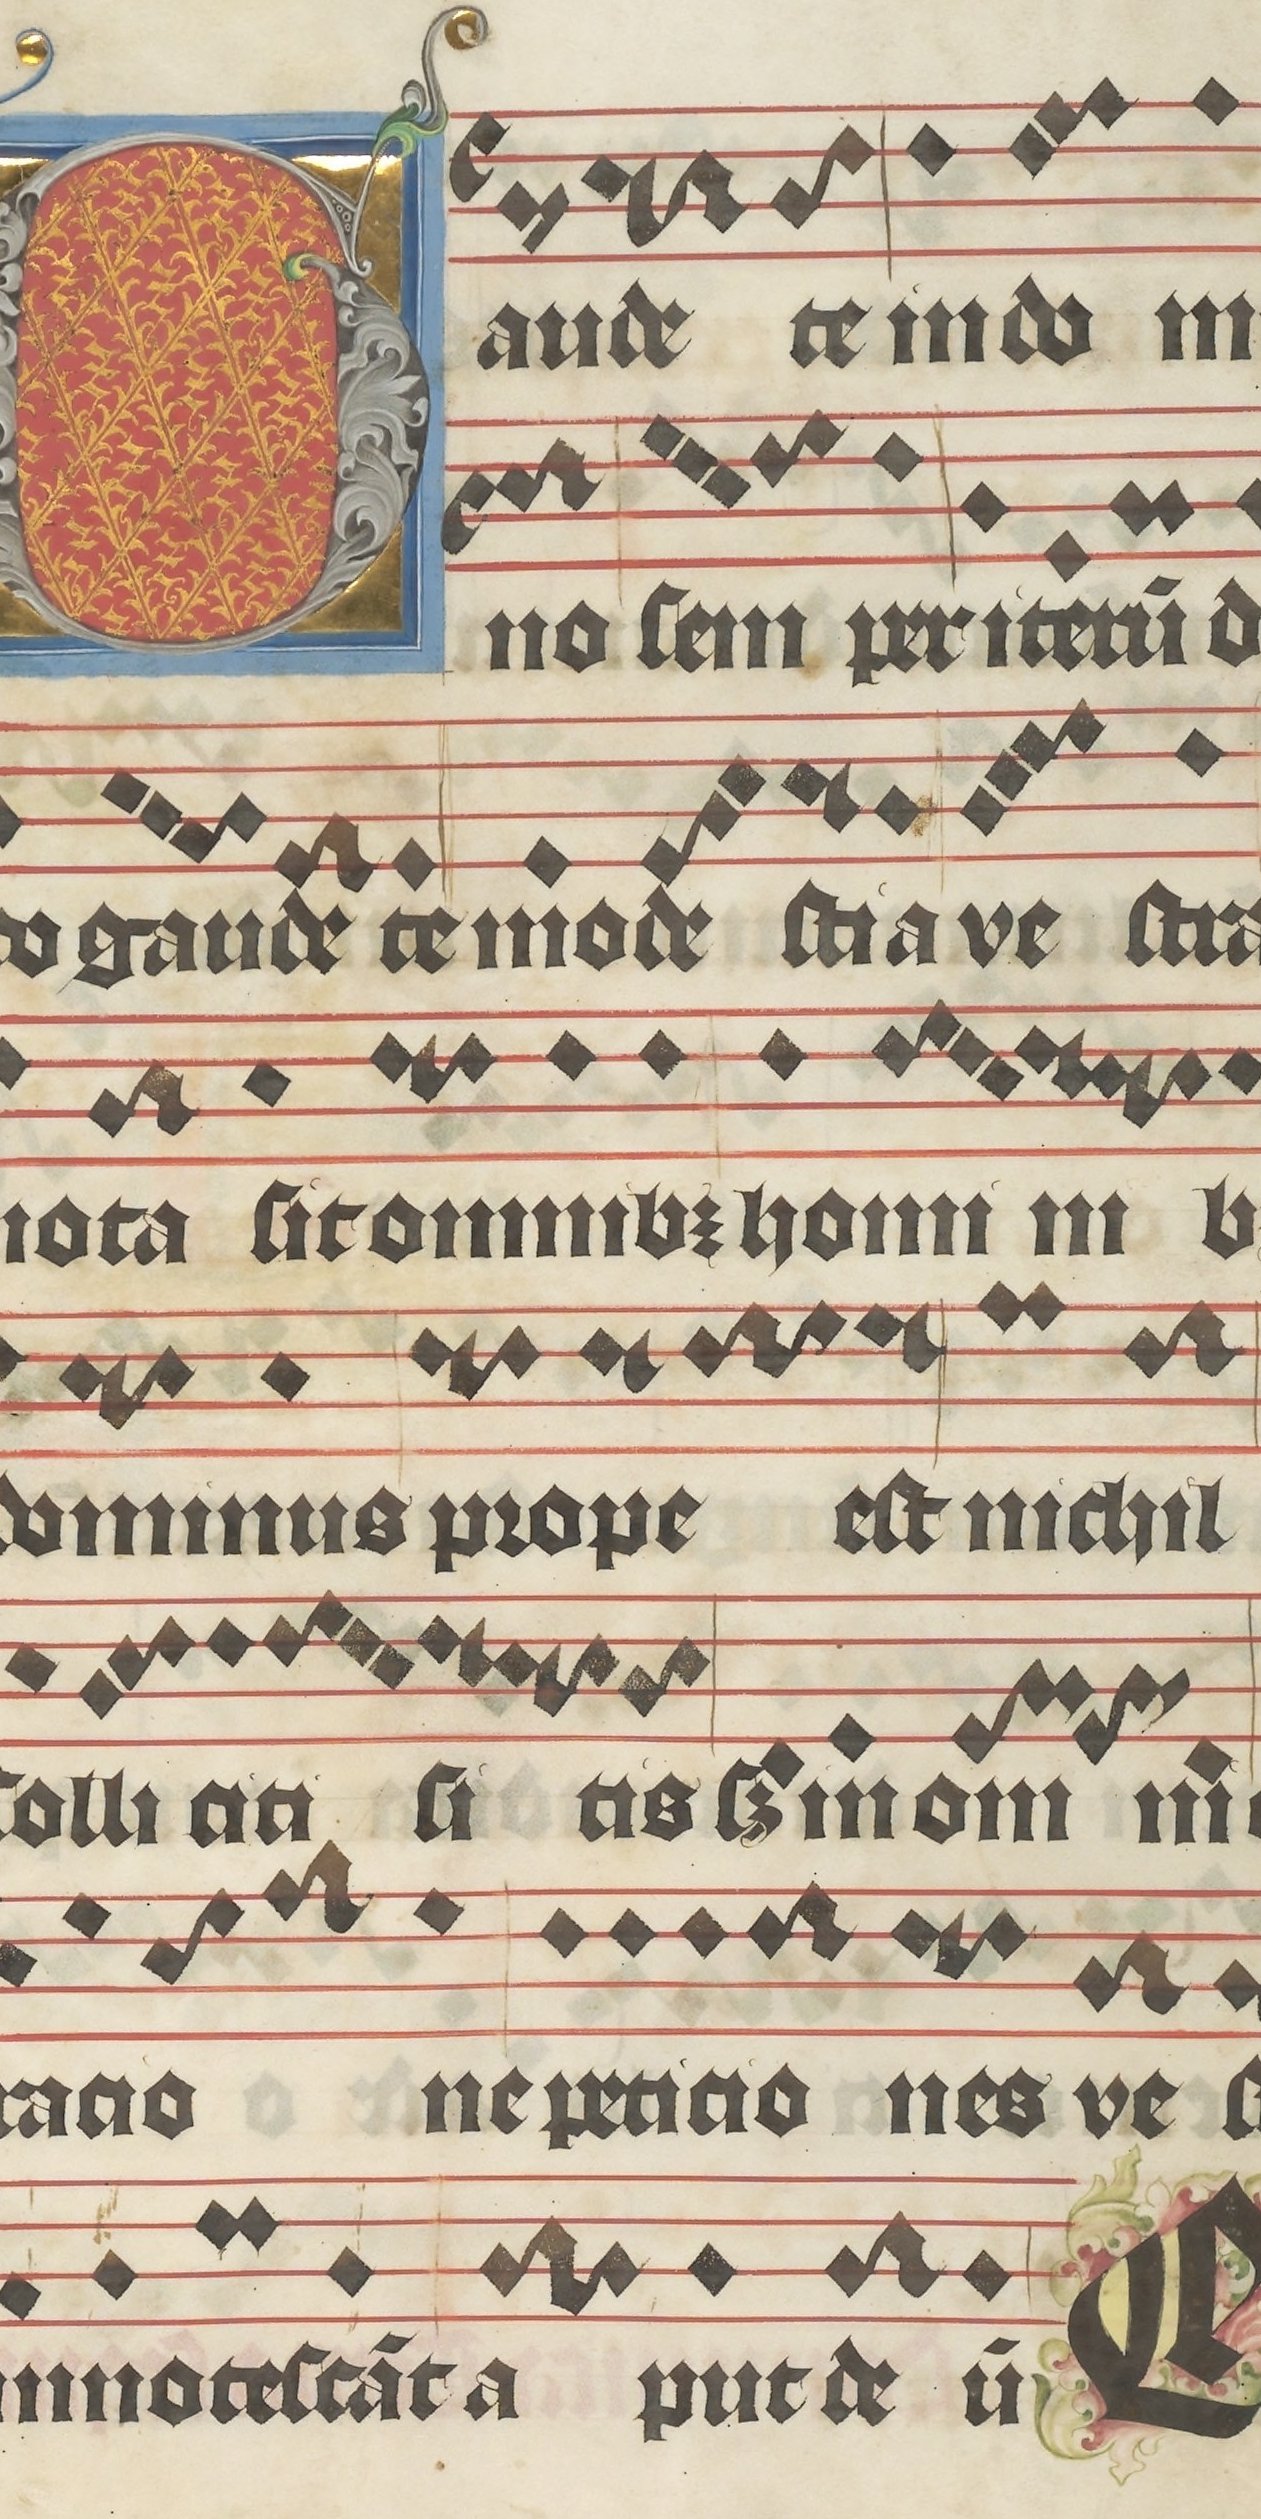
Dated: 1395–1425